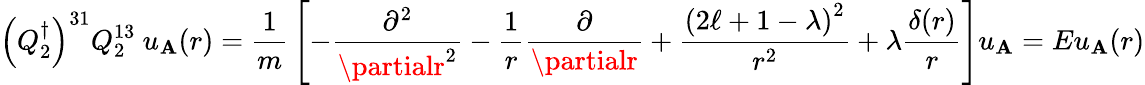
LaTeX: \left(Q_{2}^{\dagger}\right)^{31}Q_{2}^{13}\ u_{\mathbf{A}}({r})={\frac{{1}}{{m}}}\left[-{\frac{{\partial^{2}}}{{\partialr^{2}}}}-{\frac{{1}}{{r}}}{\frac{{\partial}}{{\partialr}}}+{\frac{{\left(2\ell+1-\lambda\right)^{2}}}{{r^{2}}}}+\lambda{\frac{{\delta(r)}}{{r}}}\right]u_{\mathbf{A}}=Eu_{\mathbf{A}}({r})